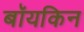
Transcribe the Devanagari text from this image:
बॉयकिन